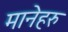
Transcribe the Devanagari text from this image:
मानेहरु